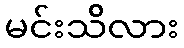
မင်းသိလား